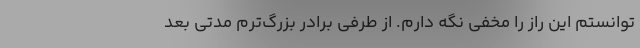
توانستم این راز را مخفی نگه دارم. از طرفی برادر بزرگ‌ترم مدتی بعد